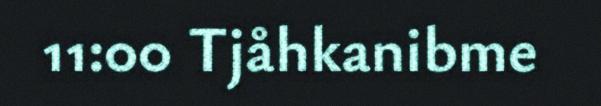
11:00 Tjåhkanibme